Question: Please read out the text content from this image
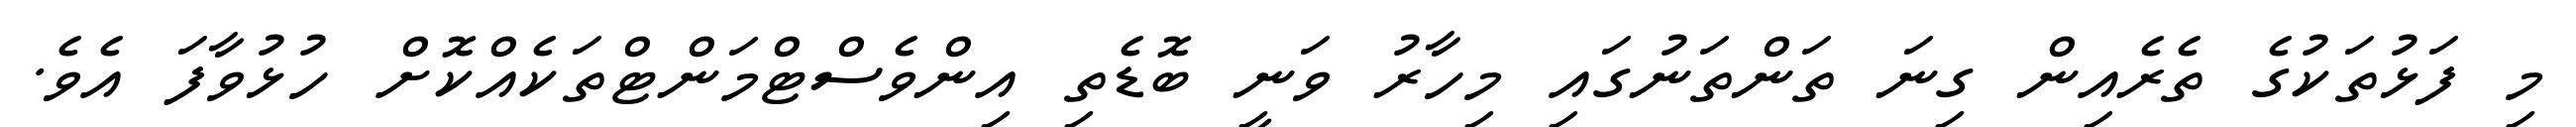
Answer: މި ފަޅުތަކުގެ ތެރެއިން ގިނަ ތަންތަނުގައި މިހާރު ވަނީ ބޮޑެތި އިންވެސްޓްމަންޓްތަކެއްކޮށް ހުޅުވާފަ އެވެ.